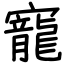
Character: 寵